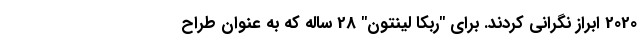
2020 ابراز نگرانی کردند. برای "ربکا لینتون" 28 ساله که به عنوان طراح